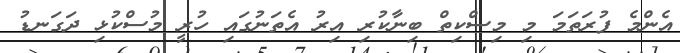
އެންމެ ފުރަތަމަ މި މިސްކިތް ބިނާކުރި އިރު އެތަނުގައި ހުރީ މުސްކުޅި ދަގަނޑު